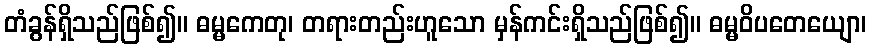
တံခွန်ရှိသည်ဖြစ်၍။ ဓမ္မကေတု၊ တရားတည်းဟူသော မှန်ကင်းရှိသည်ဖြစ်၍။ ဓမ္မဝိပတေယျော၊